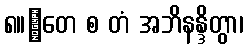
၈။	တေ စ တံ အဘိနန္ဒိတွာ၊